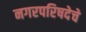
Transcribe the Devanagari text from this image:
नगरपरिषदेचे